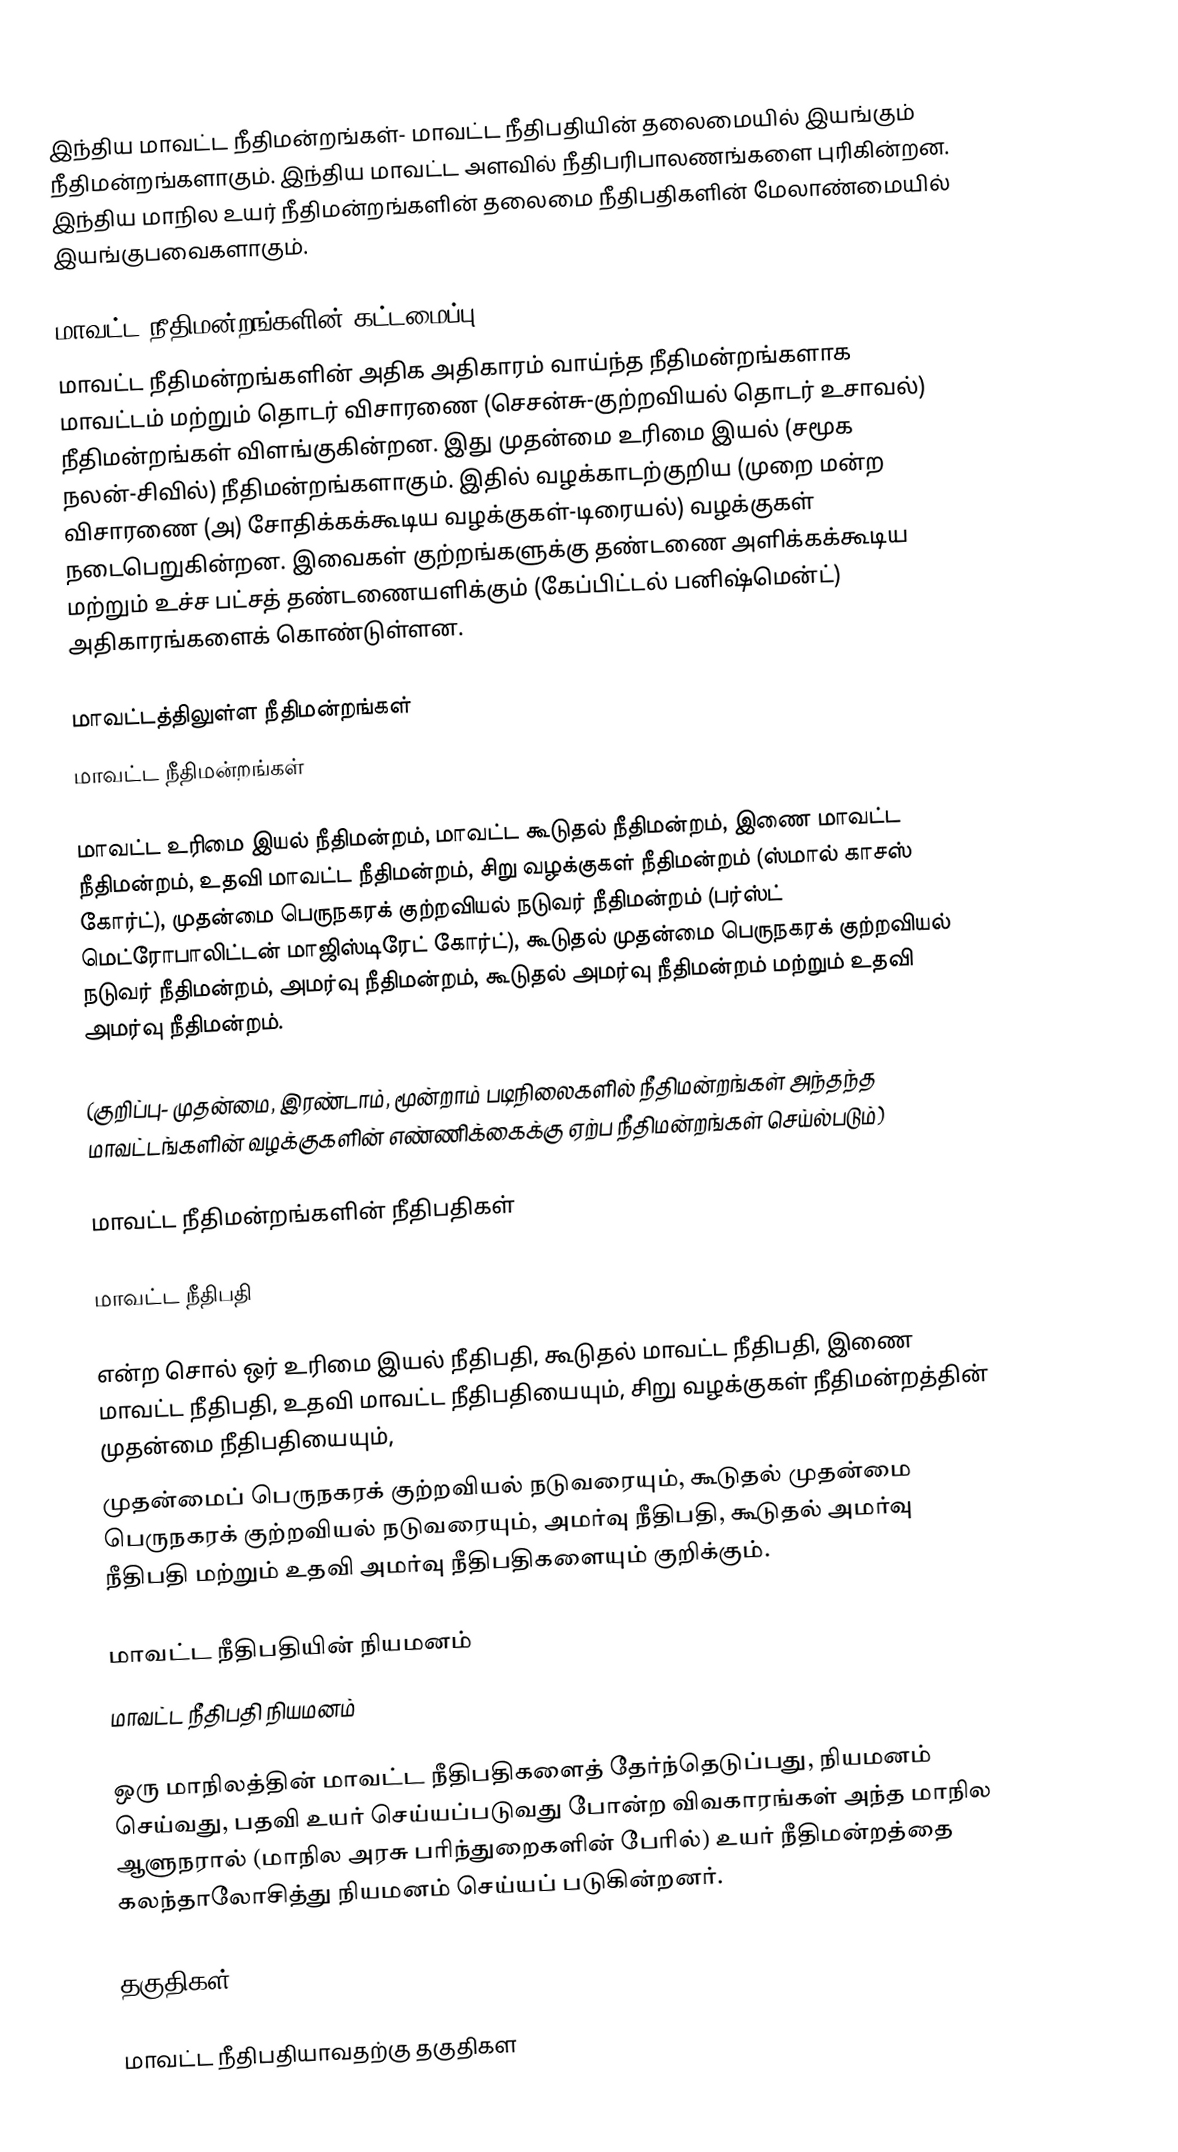
இந்திய மாவட்ட நீதிமன்றங்கள்- மாவட்ட நீதிபதியின் தலைமையில் இயங்கும் நீதிமன்றங்களாகும். இந்திய மாவட்ட அளவில் நீதிபரிபாலணங்களை புரிகின்றன. இந்திய மாநில உயர் நீதிமன்றங்களின் தலைமை நீதிபதிகளின் மேலாண்மையில் இயங்குபவைகளாகும்.

மாவட்ட நீதிமன்றங்களின் கட்டமைப்பு
மாவட்ட நீதிமன்றங்களின் அதிக அதிகாரம் வாய்ந்த நீதிமன்றங்களாக மாவட்டம் மற்றும் தொடர் விசாரணை (செசன்சு-குற்றவியல் தொடர் உசாவல்)  நீதிமன்றங்கள் விளங்குகின்றன. இது முதன்மை உரிமை இயல் (சமூக நலன்-சிவில்) நீதிமன்றங்களாகும். இதில் வழக்காடற்குறிய (முறை மன்ற விசாரணை (அ) சோதிக்கக்கூடிய வழக்குகள்-டிரையல்) வழக்குகள் நடைபெறுகின்றன. இவைகள் குற்றங்களுக்கு தண்டணை அளிக்கக்கூடிய மற்றும் உச்ச பட்சத் தண்டணையளிக்கும் (கேப்பிட்டல் பனிஷ்மென்ட்)  அதிகாரங்களைக் கொண்டுள்ளன.

மாவட்டத்திலுள்ள நீதிமன்றங்கள்
மாவட்ட நீதிமன்றங்கள்

மாவட்ட உரிமை இயல் நீதிமன்றம், மாவட்ட கூடுதல் நீதிமன்றம், இணை மாவட்ட நீதிமன்றம், உதவி மாவட்ட நீதிமன்றம், சிறு வழக்குகள் நீதிமன்றம் (ஸ்மால் காசஸ் கோர்ட்), முதன்மை பெருநகரக் குற்றவியல் நடுவர் நீதிமன்றம் (பர்ஸ்ட் மெட்ரோபாலிட்டன் மாஜிஸ்டிரேட் கோர்ட்), கூடுதல் முதன்மை பெருநகரக் குற்றவியல் நடுவர் நீதிமன்றம், அமர்வு நீதிமன்றம், கூடுதல் அமர்வு நீதிமன்றம் மற்றும் உதவி அமர்வு நீதிமன்றம்.

(குறிப்பு- முதன்மை, இரண்டாம், மூன்றாம் படிநிலைகளில் நீதிமன்றங்கள் அந்தந்த மாவட்டங்களின் வழக்குகளின் எண்ணிக்கைக்கு ஏற்ப நீதிமன்றங்கள் செய்ல்படும்)

மாவட்ட நீதிமன்றங்களின் நீதிபதிகள்

மாவட்ட நீதிபதி

என்ற சொல் ஒர் உரிமை இயல் நீதிபதி, கூடுதல் மாவட்ட நீதிபதி, இணை மாவட்ட நீதிபதி, உதவி மாவட்ட நீதிபதியையும், சிறு வழக்குகள் நீதிமன்றத்தின் முதன்மை நீதிபதியையும்,
முதன்மைப் பெருநகரக் குற்றவியல் நடுவரையும், கூடுதல் முதன்மை பெருநகரக் குற்றவியல் நடுவரையும், அமர்வு நீதிபதி, கூடுதல் அமர்வு நீதிபதி மற்றும் உதவி அமர்வு நீதிபதிகளையும் குறிக்கும்.

மாவட்ட நீதிபதியின் நியமனம்
மாவட்ட நீதிபதி நியமனம்

ஒரு மாநிலத்தின் மாவட்ட நீதிபதிகளைத் தேர்ந்தெடுப்பது, நியமனம் செய்வது, பதவி உயர் செய்யப்படுவது போன்ற விவகாரங்கள் அந்த மாநில ஆளுநரால் (மாநில அரசு பரிந்துறைகளின் பேரில்) உயர் நீதிமன்றத்தை கலந்தாலோசித்து நியமனம் செய்யப் படுகின்றனர்.

தகுதிகள்

மாவட்ட நீதிபதியாவதற்கு தகுதிகள